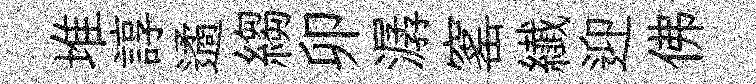
堆諄遹縐卯潺窰纎迎佛